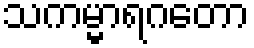
သကမ္မာရဂတော